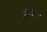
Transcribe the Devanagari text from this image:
ट्वीनेम